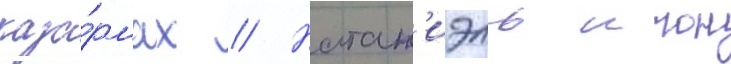
каза́рмах // Натан'иэль итон